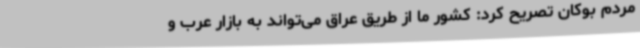
مردم بوکان تصریح کرد: کشور ما از طریق عراق می‌تواند به بازار عرب و